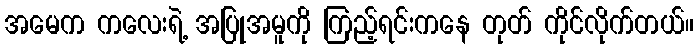
အမေက ကလေးရဲ့ အပြုအမူကို ကြည့်ရင်းကနေ တုတ် ကိုင်လိုက်တယ်။